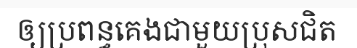
ឲ្យប្រពន្ធគេងជាមួយប្រុសជិត